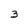
Character: 3